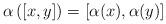
LaTeX: \begin{align*}\alpha\left( [x,y]\right)= \left[ \alpha(x),\alpha(y)\right] \end{align*}